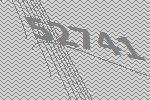
52741